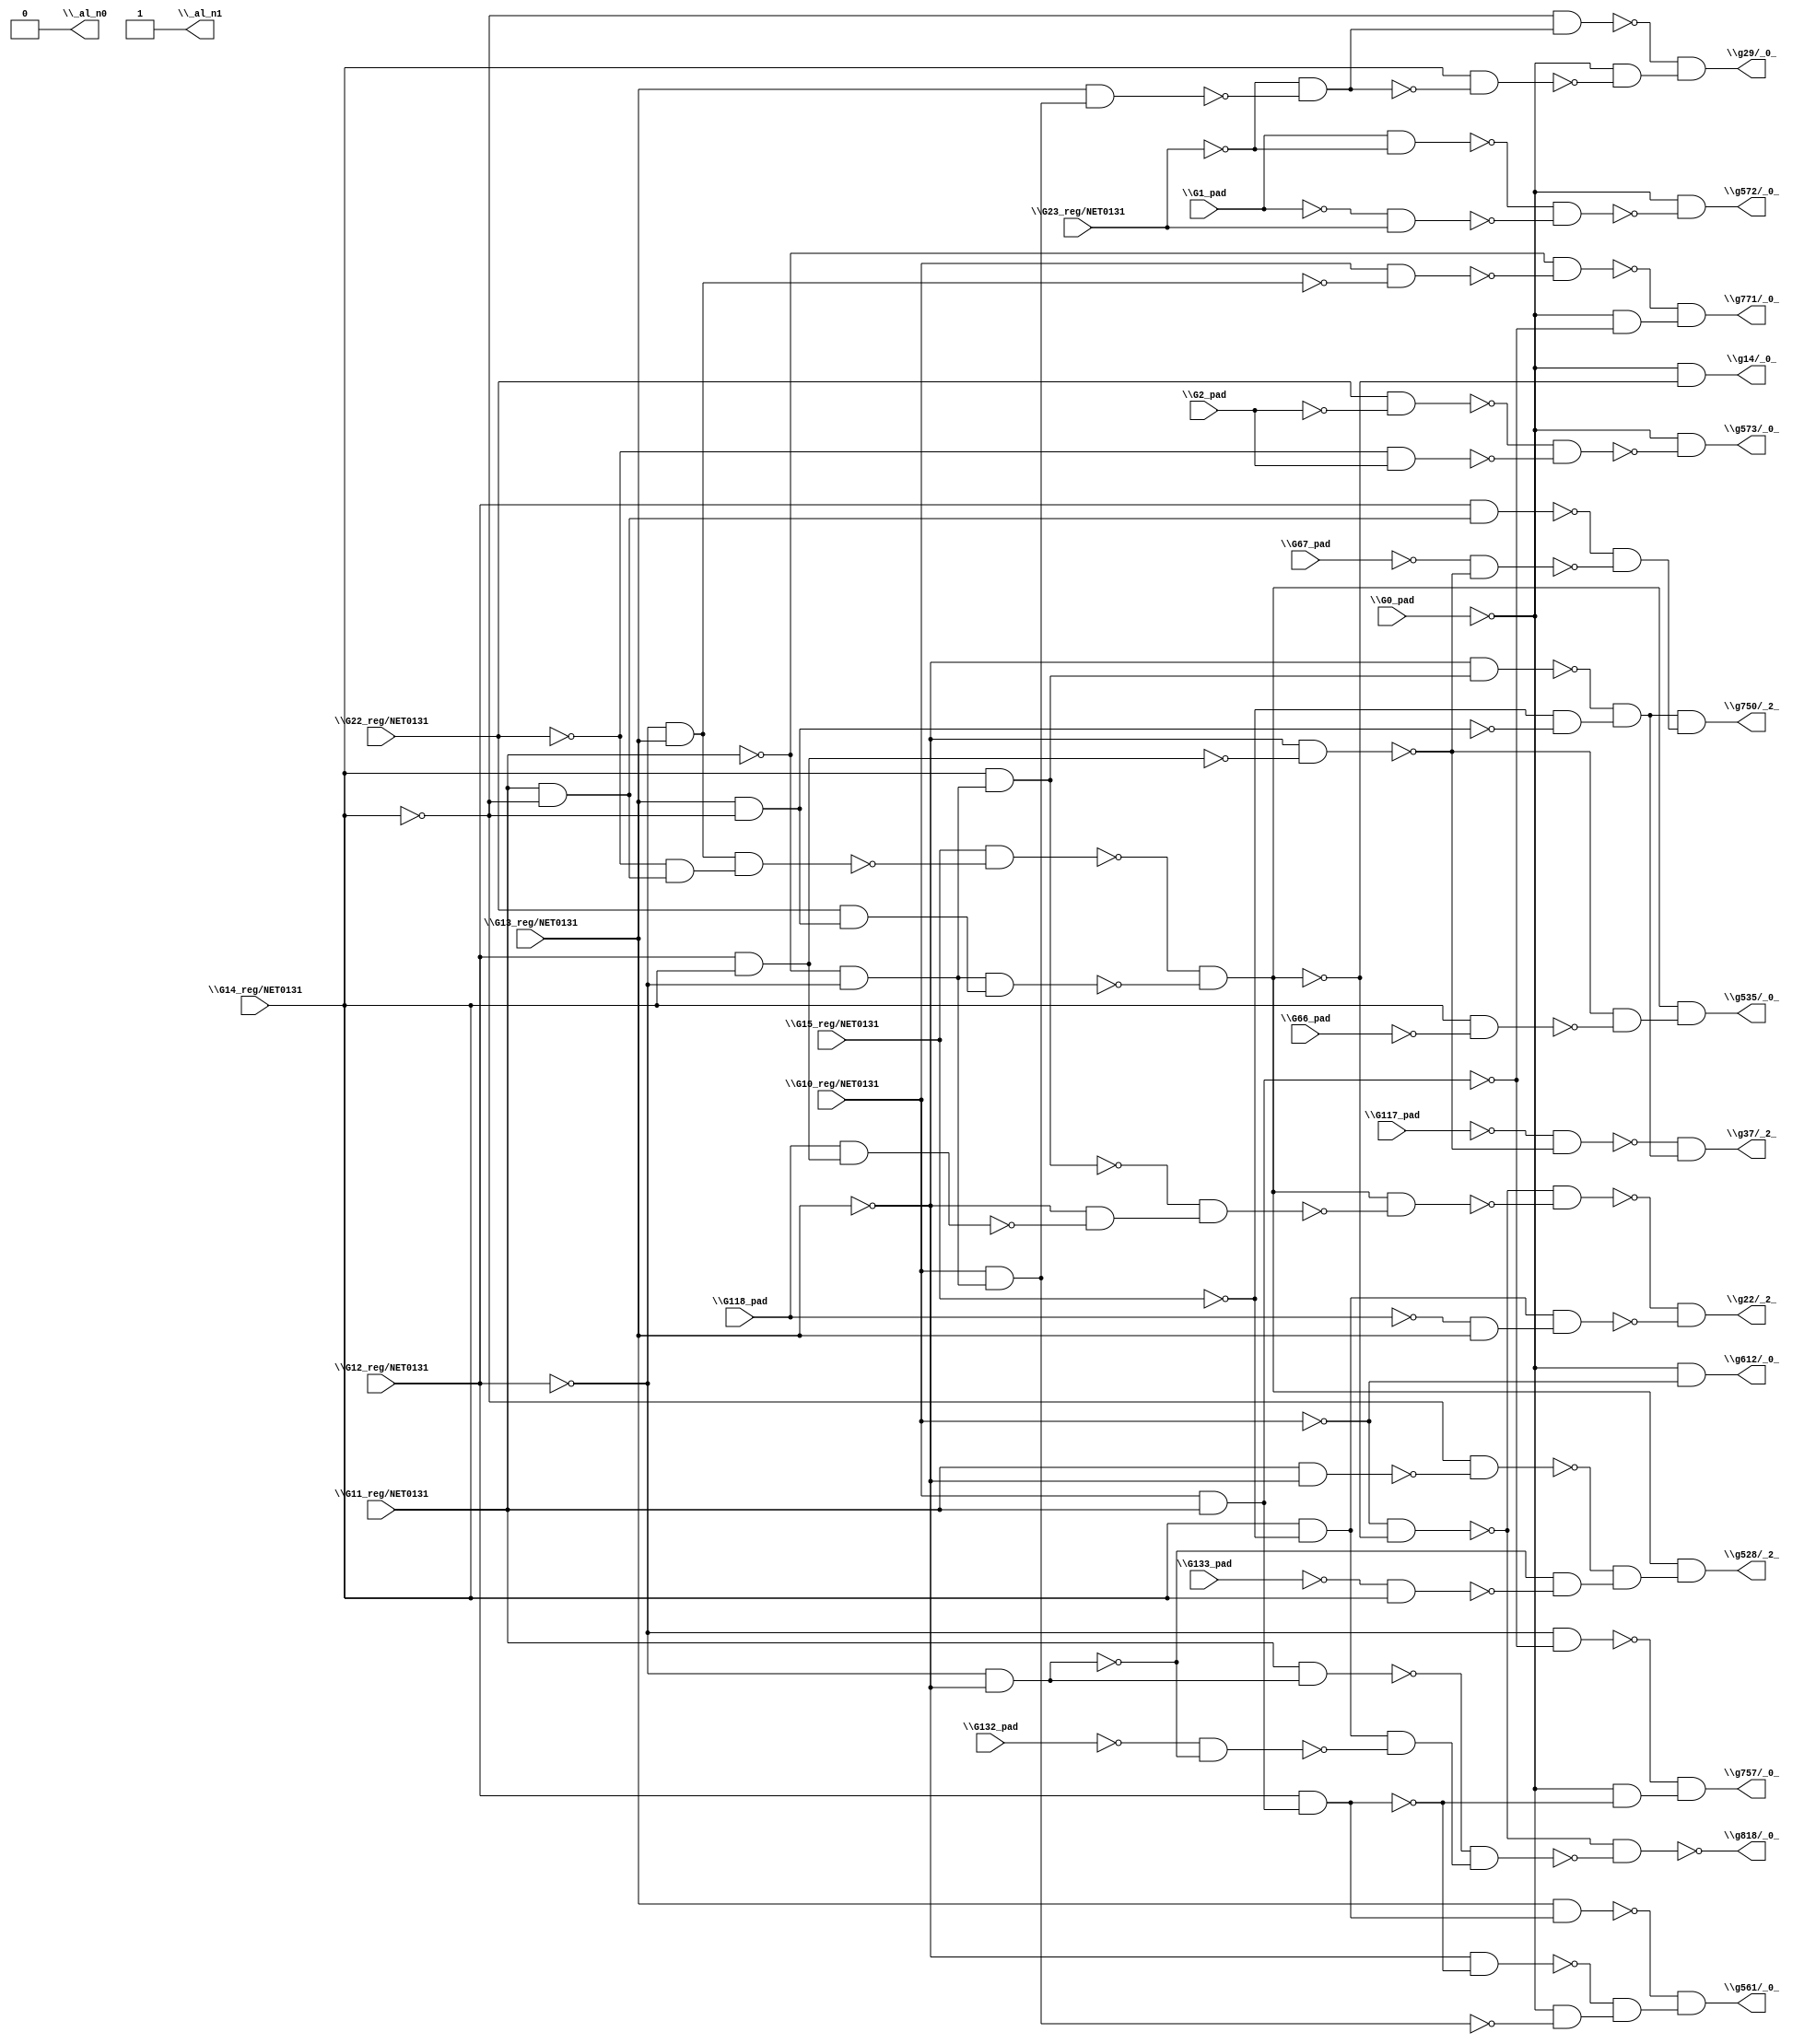
module top( \G0_pad  , \G10_reg/NET0131  , \G117_pad  , \G118_pad  , \G11_reg/NET0131  , \G12_reg/NET0131  , \G132_pad  , \G133_pad  , \G13_reg/NET0131  , \G14_reg/NET0131  , \G15_reg/NET0131  , \G1_pad  , \G22_reg/NET0131  , \G23_reg/NET0131  , \G2_pad  , \G66_pad  , \G67_pad  , \_al_n0  , \_al_n1  , \g14/_0_  , \g22/_2_  , \g29/_0_  , \g37/_2_  , \g528/_2_  , \g535/_0_  , \g561/_0_  , \g572/_0_  , \g573/_0_  , \g612/_0_  , \g750/_2_  , \g757/_0_  , \g771/_0_  , \g818/_0_  );
  input \G0_pad  ;
  input \G10_reg/NET0131  ;
  input \G117_pad  ;
  input \G118_pad  ;
  input \G11_reg/NET0131  ;
  input \G12_reg/NET0131  ;
  input \G132_pad  ;
  input \G133_pad  ;
  input \G13_reg/NET0131  ;
  input \G14_reg/NET0131  ;
  input \G15_reg/NET0131  ;
  input \G1_pad  ;
  input \G22_reg/NET0131  ;
  input \G23_reg/NET0131  ;
  input \G2_pad  ;
  input \G66_pad  ;
  input \G67_pad  ;
  output \_al_n0  ;
  output \_al_n1  ;
  output \g14/_0_  ;
  output \g22/_2_  ;
  output \g29/_0_  ;
  output \g37/_2_  ;
  output \g528/_2_  ;
  output \g535/_0_  ;
  output \g561/_0_  ;
  output \g572/_0_  ;
  output \g573/_0_  ;
  output \g612/_0_  ;
  output \g750/_2_  ;
  output \g757/_0_  ;
  output \g771/_0_  ;
  output \g818/_0_  ;
  wire n18 , n19 , n20 , n21 , n22 , n23 , n24 , n25 , n26 , n27 , n28 , n29 , n30 , n31 , n32 , n33 , n34 , n35 , n36 , n37 , n38 , n39 , n40 , n41 , n42 , n43 , n44 , n45 , n46 , n47 , n48 , n49 , n50 , n51 , n52 , n53 , n54 , n55 , n56 , n57 , n58 , n59 , n60 , n61 , n62 , n63 , n64 , n65 , n66 , n67 , n68 , n69 , n70 , n71 , n72 , n73 , n74 , n75 , n76 , n77 , n78 , n79 , n80 , n81 , n82 , n83 , n84 , n85 , n86 , n87 , n88 , n89 , n90 , n91 , n92 , n93 , n94 , n95 ;
  assign n19 = ~\G12_reg/NET0131  & \G13_reg/NET0131  ;
  assign n18 = \G11_reg/NET0131  & ~\G14_reg/NET0131  ;
  assign n20 = ~\G22_reg/NET0131  & n18 ;
  assign n21 = n19 & n20 ;
  assign n22 = \G15_reg/NET0131  & ~n21 ;
  assign n24 = ~\G11_reg/NET0131  & ~\G12_reg/NET0131  ;
  assign n23 = \G13_reg/NET0131  & ~\G14_reg/NET0131  ;
  assign n25 = \G22_reg/NET0131  & n23 ;
  assign n26 = n24 & n25 ;
  assign n27 = ~n22 & ~n26 ;
  assign n28 = ~\G0_pad  & ~n27 ;
  assign n29 = ~\G10_reg/NET0131  & ~n27 ;
  assign n32 = \G14_reg/NET0131  & n24 ;
  assign n30 = \G12_reg/NET0131  & \G14_reg/NET0131  ;
  assign n31 = \G118_pad  & n30 ;
  assign n33 = ~\G13_reg/NET0131  & ~n31 ;
  assign n34 = ~n32 & n33 ;
  assign n35 = n27 & ~n34 ;
  assign n36 = ~n29 & ~n35 ;
  assign n37 = \G14_reg/NET0131  & ~\G15_reg/NET0131  ;
  assign n38 = ~\G118_pad  & \G13_reg/NET0131  ;
  assign n39 = n37 & n38 ;
  assign n40 = ~n36 & ~n39 ;
  assign n41 = \G10_reg/NET0131  & n24 ;
  assign n42 = \G13_reg/NET0131  & n41 ;
  assign n43 = ~\G23_reg/NET0131  & ~n42 ;
  assign n45 = ~\G14_reg/NET0131  & n43 ;
  assign n44 = \G14_reg/NET0131  & ~n43 ;
  assign n46 = ~\G0_pad  & ~n44 ;
  assign n47 = ~n45 & n46 ;
  assign n48 = ~\G13_reg/NET0131  & ~n30 ;
  assign n49 = ~\G117_pad  & ~n48 ;
  assign n50 = ~\G13_reg/NET0131  & n32 ;
  assign n51 = ~\G15_reg/NET0131  & ~n23 ;
  assign n52 = ~n50 & n51 ;
  assign n53 = ~n49 & n52 ;
  assign n54 = \G11_reg/NET0131  & ~\G13_reg/NET0131  ;
  assign n55 = ~\G14_reg/NET0131  & ~n54 ;
  assign n56 = ~\G12_reg/NET0131  & ~\G13_reg/NET0131  ;
  assign n57 = ~\G133_pad  & \G14_reg/NET0131  ;
  assign n58 = ~n56 & ~n57 ;
  assign n59 = ~n55 & n58 ;
  assign n60 = n27 & n59 ;
  assign n61 = \G14_reg/NET0131  & ~\G66_pad  ;
  assign n62 = ~n48 & ~n61 ;
  assign n63 = n27 & n62 ;
  assign n64 = \G10_reg/NET0131  & \G11_reg/NET0131  ;
  assign n65 = \G12_reg/NET0131  & n64 ;
  assign n67 = \G13_reg/NET0131  & n65 ;
  assign n66 = ~\G13_reg/NET0131  & ~n65 ;
  assign n68 = ~\G0_pad  & ~n41 ;
  assign n69 = ~n66 & n68 ;
  assign n70 = ~n67 & n69 ;
  assign n71 = \G1_pad  & ~\G23_reg/NET0131  ;
  assign n72 = ~\G1_pad  & \G23_reg/NET0131  ;
  assign n73 = ~n71 & ~n72 ;
  assign n74 = ~\G0_pad  & ~n73 ;
  assign n75 = \G22_reg/NET0131  & ~\G2_pad  ;
  assign n76 = ~\G22_reg/NET0131  & \G2_pad  ;
  assign n77 = ~n75 & ~n76 ;
  assign n78 = ~\G0_pad  & ~n77 ;
  assign n79 = ~\G0_pad  & ~\G10_reg/NET0131  ;
  assign n80 = \G12_reg/NET0131  & n18 ;
  assign n81 = ~\G67_pad  & ~n48 ;
  assign n82 = ~n80 & ~n81 ;
  assign n83 = n52 & n82 ;
  assign n84 = ~\G12_reg/NET0131  & ~n64 ;
  assign n85 = ~\G0_pad  & ~n65 ;
  assign n86 = ~n84 & n85 ;
  assign n87 = \G10_reg/NET0131  & ~n19 ;
  assign n88 = ~\G11_reg/NET0131  & ~n87 ;
  assign n89 = ~\G0_pad  & ~n64 ;
  assign n90 = ~n88 & n89 ;
  assign n92 = \G11_reg/NET0131  & n56 ;
  assign n91 = ~\G132_pad  & ~n56 ;
  assign n93 = n37 & ~n91 ;
  assign n94 = ~n92 & n93 ;
  assign n95 = ~n29 & ~n94 ;
  assign \_al_n0  = 1'b0 ;
  assign \_al_n1  = ~1'b0 ;
  assign \g14/_0_  = n28 ;
  assign \g22/_2_  = n40 ;
  assign \g29/_0_  = n47 ;
  assign \g37/_2_  = n53 ;
  assign \g528/_2_  = n60 ;
  assign \g535/_0_  = n63 ;
  assign \g561/_0_  = n70 ;
  assign \g572/_0_  = n74 ;
  assign \g573/_0_  = n78 ;
  assign \g612/_0_  = n79 ;
  assign \g750/_2_  = n83 ;
  assign \g757/_0_  = n86 ;
  assign \g771/_0_  = n90 ;
  assign \g818/_0_  = ~n95 ;
endmodule